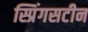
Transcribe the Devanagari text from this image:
स्प्रिंगसटीन